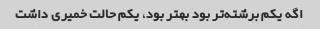
اگه یکم برشته‌تر بود بهتر بود، یکم حالت خمیری داشت